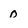
Character: 0